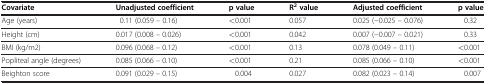
| Covariate | Unadjusted coefficient | p value | R2 value | Adjusted coefficient | p value |
 | --- | --- | --- | --- | --- | --- |
 | Age (years) | 0.11 (0.059 – 0.16) | <0.001 | 0.057 | 0.025 (−0.025 – 0.076) | 0.32 |
 | Height (cm) | 0.017 (0.008 – 0.026) | <0.001 | 0.042 | 0.007 (−0.007 – 0.021) | 0.33 |
 | BMI (kg/m2) | 0.096 (0.068 – 0.12) | <0.001 | 0.13 | 0.078 (0.049 – 0.11) | <0.001 |
 | Popliteal angle (degrees) | 0.085 (0.066 – 0.10) | <0.001 | 0.21 | 0.085 (0.066 – 0.10) | <0.001 |
 | Beighton score | 0.091 (0.029 – 0.15) | 0.004 | 0.027 | 0.082 (0.023 – 0.14) | 0.007 |